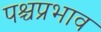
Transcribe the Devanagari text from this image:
पश्चप्रभाव